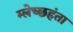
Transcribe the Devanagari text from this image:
म्लेच्छहंता